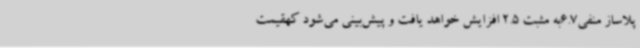
پلاساز منفی6.7به مثبت 2.5 افزایش خواهد یافت و پیش‌بینی می‌شود کهقیمت